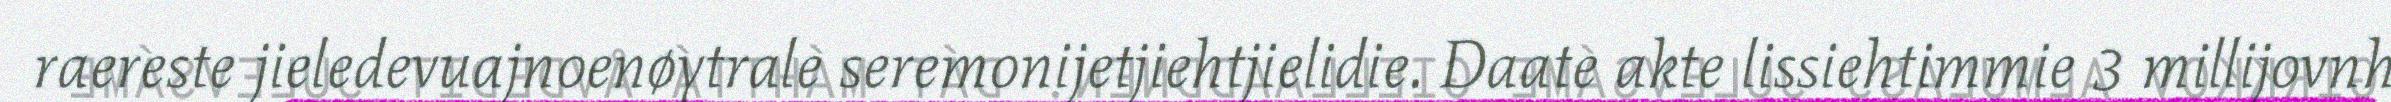
raereste jieledevuajnoenøytrale seremonijetjiehtjielidie. Daate akte lissiehtimmie 3 millijovnh